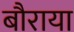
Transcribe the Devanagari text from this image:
बौराया